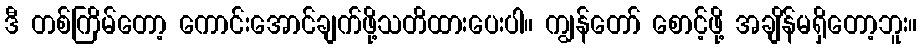
ဒီ တစ်ကြိမ်တော့ ကောင်းအောင်ချက်ဖို့သတိထားပေးပါ။ ကျွန်တော် စောင့်ဖို့ အချိန်မရှိတော့ဘူး။